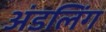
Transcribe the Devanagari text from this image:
अंडलिंग